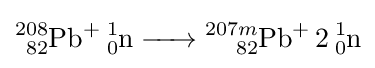
{\ce {^{208}_{82}{Pb}+ {}^{1}_{0}n -> {}^{207m}_{82}{Pb}+ 2^{1}_{0}n}}